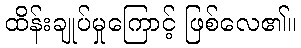
ထိန်းချုပ်မှုကြောင့် ဖြစ်လေ၏။